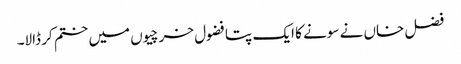
فضل خاں نے سونے کا ایک پتا فضول خرچیوں میں ختم کر ڈالا۔